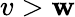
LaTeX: v>\mathbf{w}